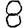
Digit: 8